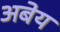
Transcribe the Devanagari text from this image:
अबेय